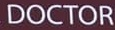
DOCTOR